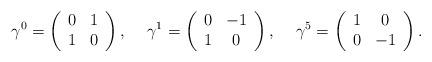
LaTeX: \begin{align*}\gamma^0 = \left( \begin{array}{cc} 0 & 1 \\ 1 & 0 \end{array} \right), \hspace*{0.5cm}\gamma^1 = \left( \begin{array}{cc} 0 & -1 \\ 1 & 0 \end{array} \right), \hspace*{0.5cm}\gamma^5 = \left( \begin{array}{cc} 1 & 0 \\ 0 & -1 \end{array} \right).\end{align*}